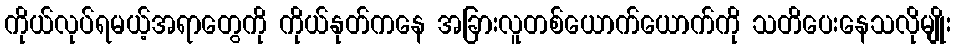
ကိုယ်လုပ်ရမယ့်အရာတွေကို ကိုယ်နုတ်ကနေ အခြားလူတစ်ယောက်ယောက်ကို သတိပေးနေသလိုမျိုး